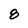
Character: 8